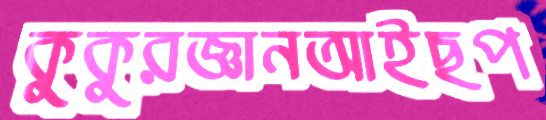
কুকুরজ্ঞানআইছপ